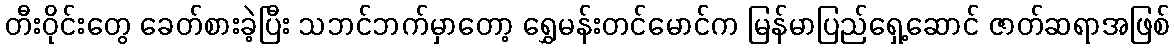
တီးဝိုင်းတွေ ခေတ်စားခဲ့ပြီး သဘင်ဘက်မှာတော့ ရွှေမန်းတင်မောင်က မြန်မာပြည်ရှေ့ဆောင် ဇာတ်ဆရာအဖြစ်